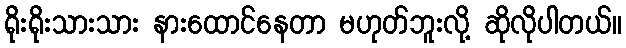
ရိုးရိုးသားသား နားထောင်နေတာ မဟုတ်ဘူးလို့ ဆိုလိုပါတယ်။